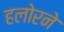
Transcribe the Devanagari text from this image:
हलोरने